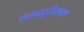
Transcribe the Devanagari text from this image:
समखुरीयगण